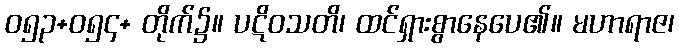
ဝ၅၃+ဝ၅၄+ တိုက်၌။ ပဋိဝသတိ၊ ထင်ရှားစွာနေပေ၏။ မဟာရာဇ၊